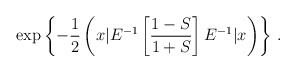
\begin{align*}\exp \left\{{-\frac{1}{2}\left(x | E^{-1} \left[ \frac{1 - S}{1 + S} \right]E^{-1} | x\right)}\right\} \,.\end{align*}